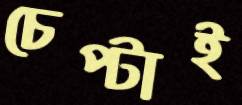
চেপ্‌টাই